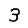
Digit: 3